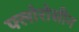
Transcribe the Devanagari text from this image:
फ्लोरोसीन